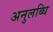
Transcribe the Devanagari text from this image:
अनुलब्धि